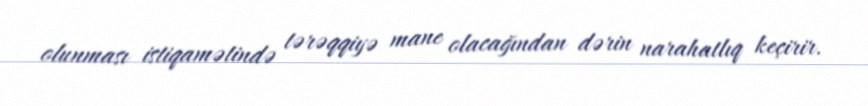
olunması istiqamətində tərəqqiyə mane olacağından dərin narahatlıq keçirir.